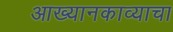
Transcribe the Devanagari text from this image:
आख्यानकाव्याचा